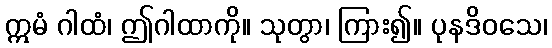
ဣမံ ဂါထံ၊ ဤဂါထာကို။ သုတွာ၊ ကြား၍။ ပုနဒိဝသေ၊